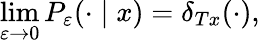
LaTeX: \operatorname*{lim}_{\varepsilon\rightarrow 0}P_{\varepsilon}(\cdot\mid x)=\delta_{Tx}(\cdot),